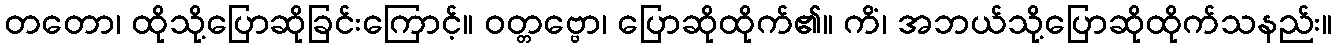
တတော၊ ထိုသို့ပြောဆိုခြင်းကြောင့်။ ဝတ္တဗ္ဗော၊ ပြောဆိုထိုက်၏။ ကိံ၊ အဘယ်သို့ပြောဆိုထိုက်သနည်း။